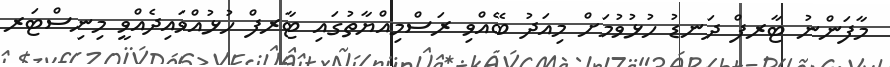
މާފަންނު ޓާރފް ދަނޑު ހުޅުވުމަށް މިއަދު ބޭއްވި ރަސްމިއްޔާތުގައި ޓާރފް ހުޅުއްވައިދެއްވީ މިނިސްޓަރ